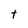
Character: t